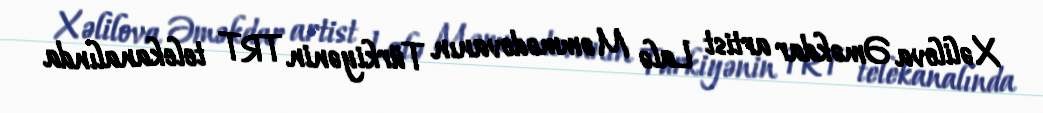
Xəlilova Əməkdar artist Lalə Məmmədovanın Türkiyənin TRT telekanalında